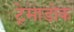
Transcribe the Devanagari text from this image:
ट्रेमाडोक